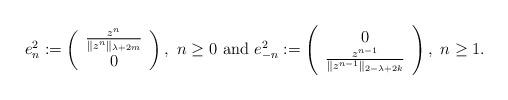
LaTeX: \begin{align*}e_{n}^{2} := \left(\begin{array}{c} \frac{z^{n}}{\|z^{n}\|_{\lambda + 2m}}\\ 0\end{array}\right),\,\, n \geq 0\,\,\mbox{and}\,\,e_{-n}^{2} := \left(\begin{array}{c} 0\\ \frac{z^{n-1}}{\|z^{n-1}\|_{2-\lambda + 2k}}\end{array}\right),\,\,n \geq 1.\end{align*}